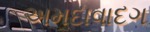
અમદાવાદગ